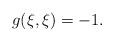
LaTeX: \begin{align*}g(\xi, \xi)=-1.\end{align*}